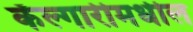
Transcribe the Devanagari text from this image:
कॅल्गारीमधील